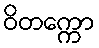
ဝိတက္ကော